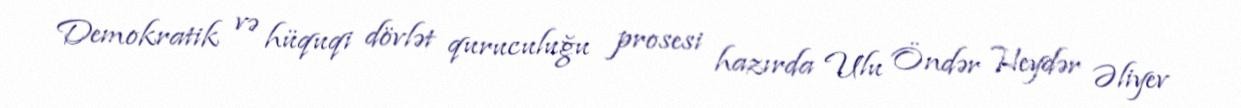
Demokratik və hüquqi dövlət quruculuğu prosesi hazırda Ulu Öndər Heydər Əliyev